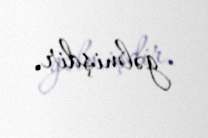
gəlmişdir.